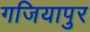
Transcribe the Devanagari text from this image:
गजियापुर